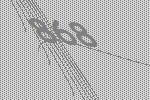
868